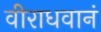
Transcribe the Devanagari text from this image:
वीराधवानं